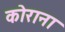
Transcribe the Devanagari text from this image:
कोराना